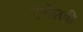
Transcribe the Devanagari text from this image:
एप्पेलबी